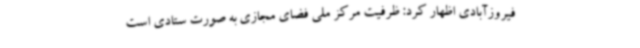
فیروزآبادی اظهار کرد: ظرفیت مرکز ملی فضای مجازی به صورت ستادی است